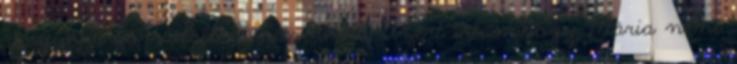
ringyó a forradalom hőse volt. Azért írtam,hogy Mária néni